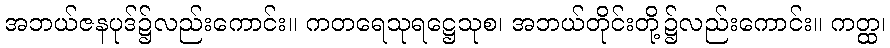
အဘယ်ဇနပုဒ်၌လည်းကောင်း။ ကတရေသုရဋ္ဌေသုစ၊ အဘယ်တိုင်းတို့၌လည်းကောင်း။ ကတ္ထ၊